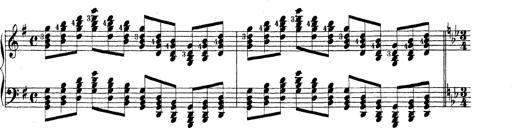
Title: Technische Studien
Composer: Franz Liszt